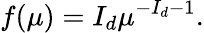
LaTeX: f(\mu)=I_{d}\mu^{-I_{d}-1}.